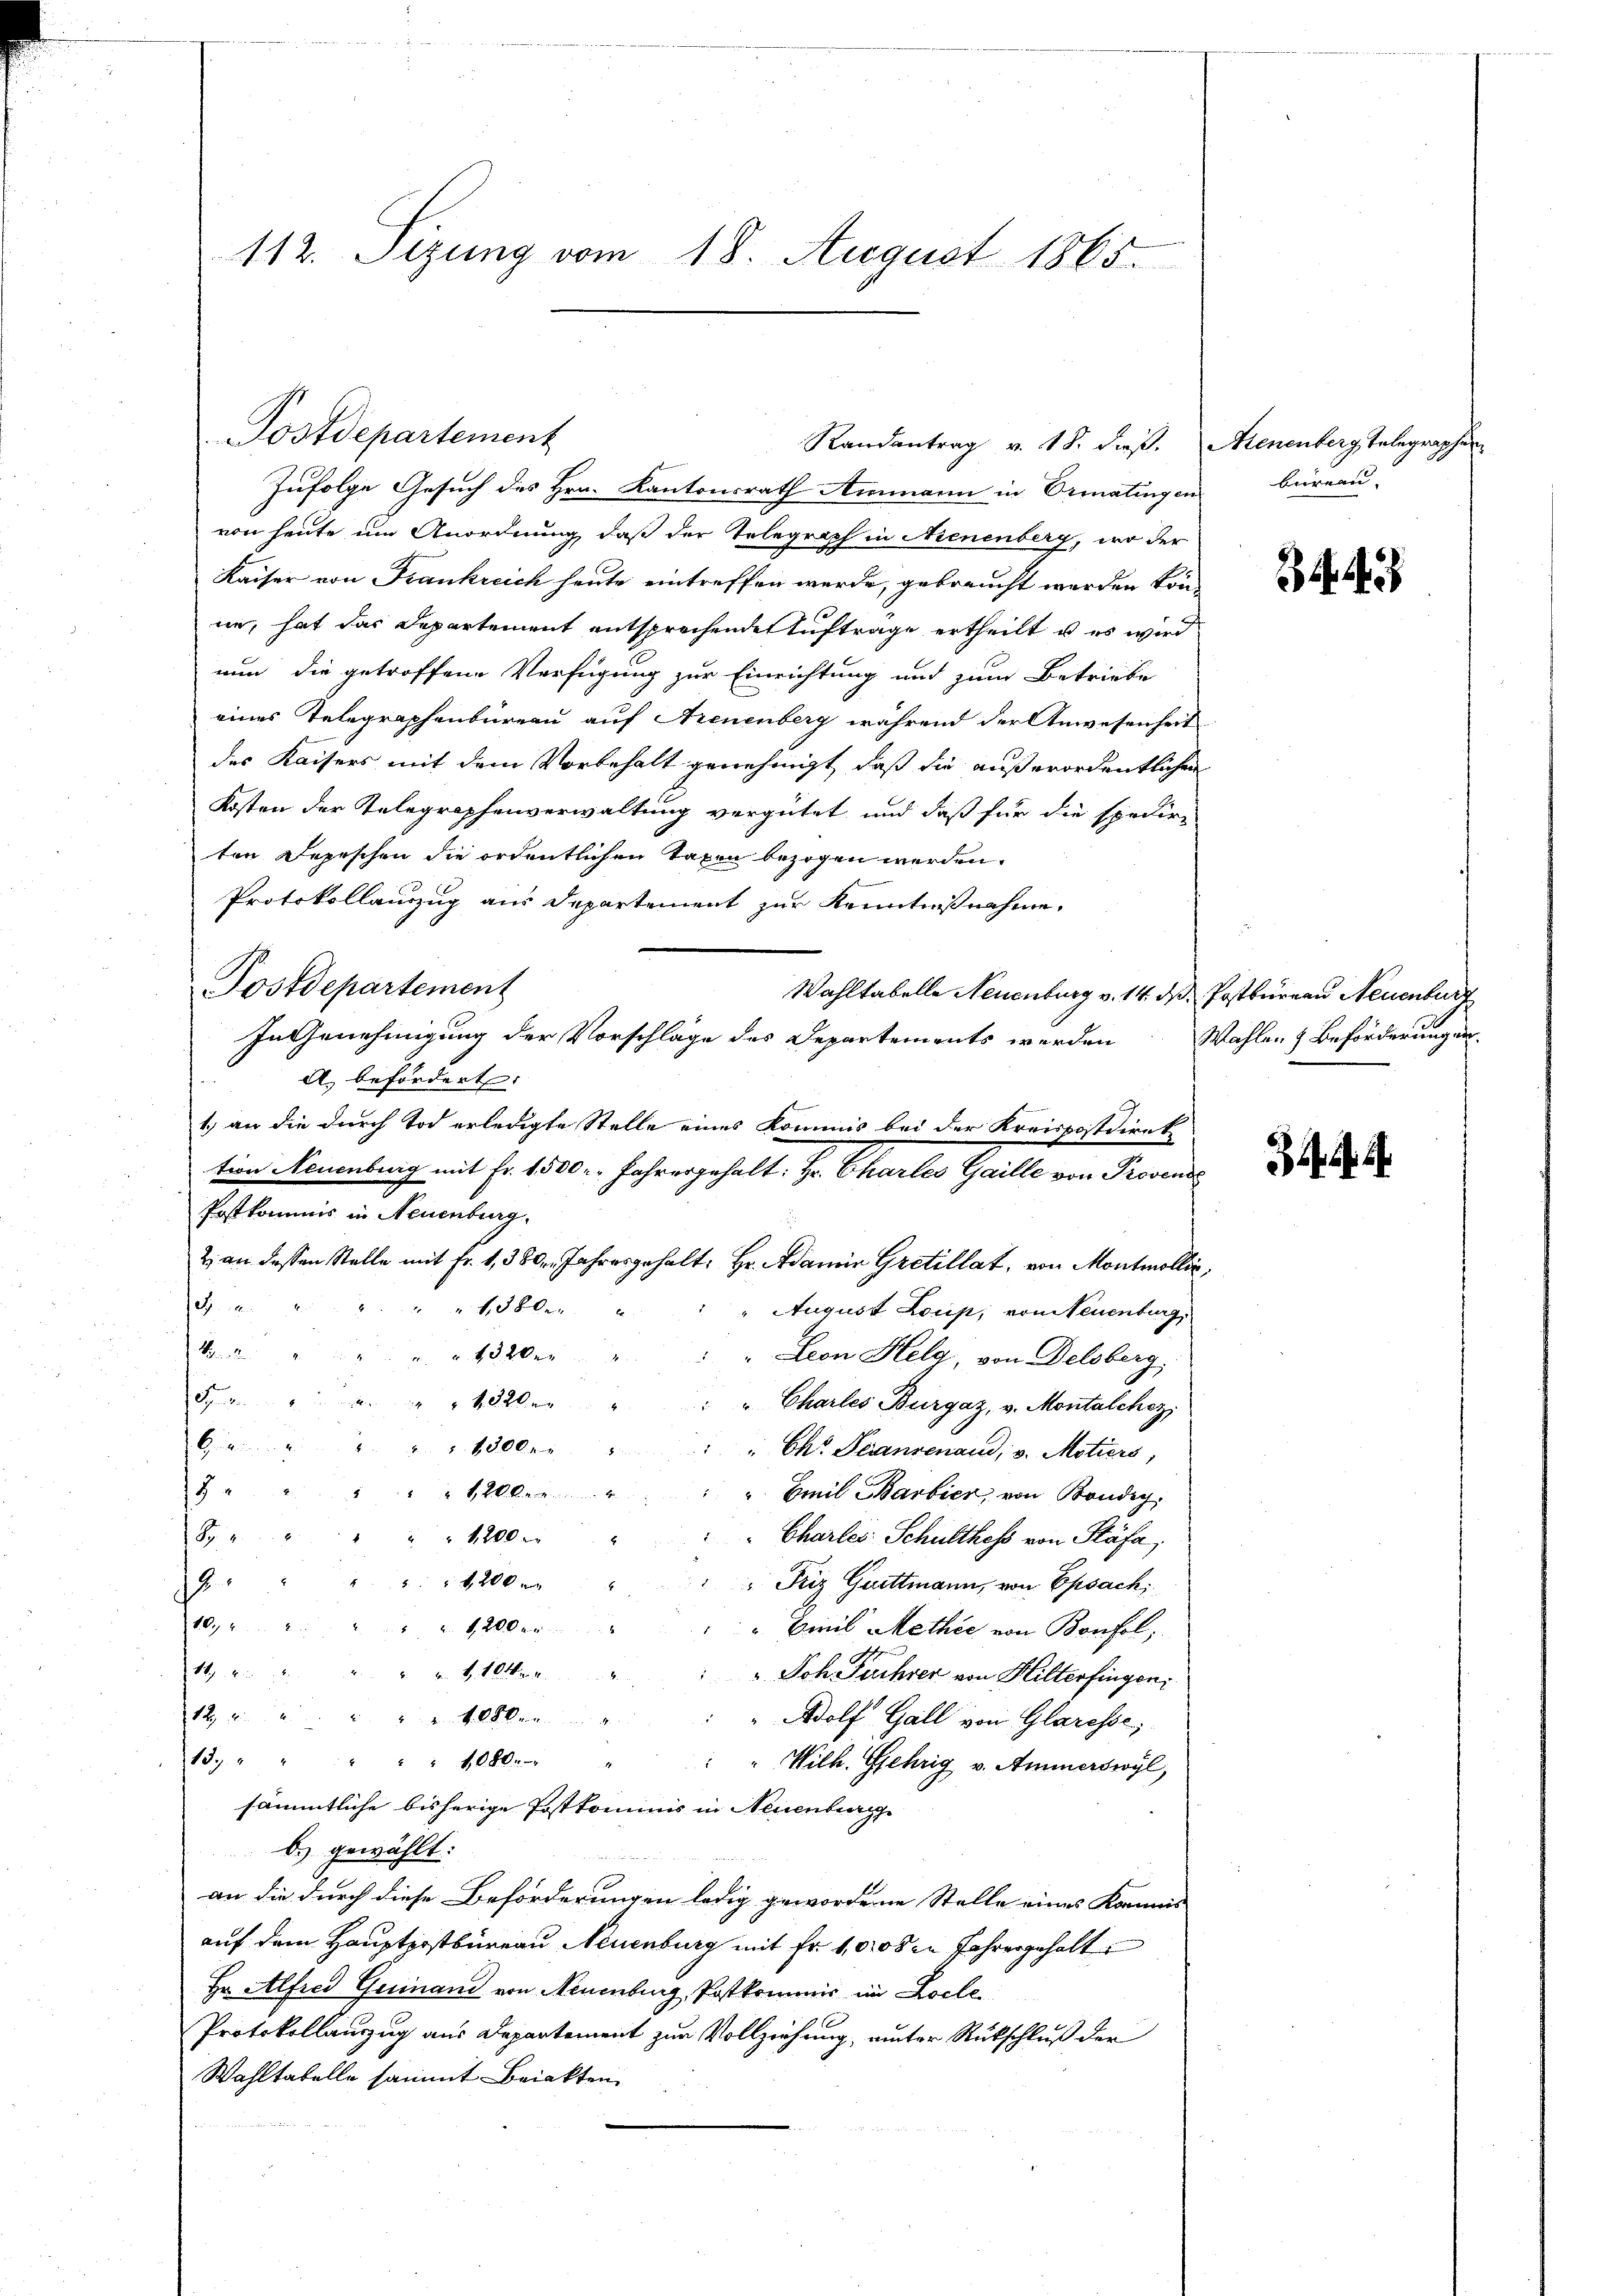
112. Sizung vom 18. August 1865.

Zufolge Gesuch des Hrn. Kantonsrath Ammann in Ormatingen
von heute um Anordnung daß der Telegraph in Nienenberg, wo der
Kaiser von Frankreich heute eintreffen werde, gebraucht werden könne, hat das Departement entsprechende Auftrage ertheilt u es wird
nun die getroffene Verfügung zur Einrichtung und zum Betriebe
eines Telegraphenbüreau auf Arenenberg während der Anwesenheit
des Kaisers mit dem Vorbehalt genehmigt, daß die außerordentlichen
Kosten der Telegraphenverwaltung vergütet und daß für die spedir-
ten Depeschen die ordentlichen Taxen bezogen werden.
Protokollauszug aus Departement zur Kenntnißnahme,
Postdepartement
Wahltabelle Neuenburg v. 14. ds Postbureau Neuenburg
In Genehmigung der Vorschläge des Departements werden Wahlen & Beförderungen
A. befordert:
1.) an die durch Tod erledigte Stelle eines Kommis bei der Kreispostdirek
tion Neuenburg mit Fr. 1500 r. Jahrengehalt: Hr. Charles Gaille von Provende
Postkommis in Neuenburg.
2 an dessen Stelle mit Fr. 1, 380. Jahresgehalt: Hr. Adame Gretillat, von Montmollis,

1,380x
August Loup, von Neuenburg,
B
1320
" Leon Helg, von Delsberg
c
4320.
" Charles Bürgaz, v. Montalchez
6
1300x
" Ch. Prangenaud, v. Motiers,
18
42. Be
Emil Barbier, von Bondig,
G
 1200 x
Chartes Schulthess von Stäfa,
1 20 x
.
Friz Guittmann, von Epsach
10
 1200 r
"Biris Methie von Bonfol
149. 6
" u. S. 10kr. v.
Joh. Fehrer von Hilterfingen.
1222 40 kre
" Adolf Gall von Glaresse;
13. " " " " " 1080. " " " Wilh. Gehrig v. Ammerswyl,
sämmtliche bisherige Postkommis in Neuenburg
b.) gewählt:
an die durch diese Beförderungen ledig gewordene Stelle eines Kammes
auf dem Hauptpostbüreau Neuenburg mit Fr. 1008 in Jahrengehalte
Hr. Alfred Guinand von Neuenburg, Postkommis im Locle
Protokollanzug aus Departement zur Vollziehung, unter Rückschluß der
Wahltatelle sammt Beiakten.

Postdepartement

Randantrag v. 18. dieß. Menenberg, Telegraphen

beireau.

3443

3